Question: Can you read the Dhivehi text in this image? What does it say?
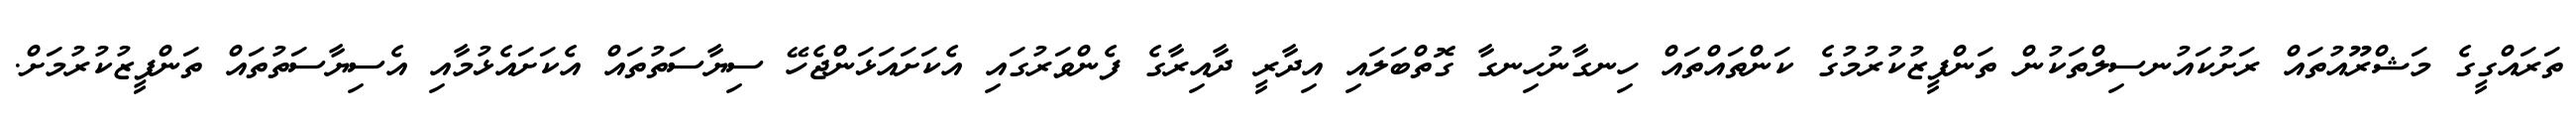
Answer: ތަރައްގީގެ މަޝްރޫއުތައް ރަށުކައުނސިލްތަކުން ތަންފީޒުކުރުމުގެ ކަންތައްތައް ހިނގާނުހިނގާ ގޮތްބަލައި އިދާރީ ދާއިރާގެ ފެންވަރުގައި އެކަށައަޅަންޖެހޭ ސިޔާސަތުތައް އެކަށައެޅުމާއި އެސިޔާސަތުތައް ތަންފީޒުކުރުމަށް.